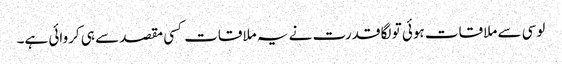
لوسی سے ملاقات ہوئی تو لگا قدرت نے یہ ملاقات کسی مقصد سے ہی کروائی ہے۔